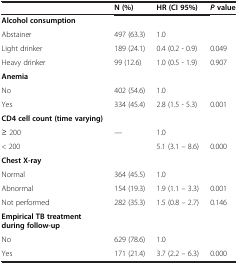
<table><thead><tr><td><b> </b></td><td><b>N (%)</b></td><td><b>HR (CI 95%)</b></td><td><b><i>P</i>value</b></td></tr></thead><tbody><tr><td><b>Alcohol consumption</b></td><td> </td><td> </td><td> </td></tr><tr><td>Abstainer</td><td>497 (63.3)</td><td>1.0</td><td> </td></tr><tr><td>Light drinker</td><td>189 (24.1)</td><td>0.4 (0.2 - 0.9)</td><td>0.049</td></tr><tr><td>Heavy drinker</td><td>99 (12.6)</td><td>1.0 (0.5 - 1.9)</td><td>0.907</td></tr><tr><td><b>Anemia</b></td><td> </td><td> </td><td> </td></tr><tr><td>No</td><td>402 (54.6)</td><td>1.0</td><td> </td></tr><tr><td>Yes</td><td>334 (45.4)</td><td>2.8 (1.5 - 5.3)</td><td>0.001</td></tr><tr><td><b>CD4 cell count (time varying)</b></td><td> </td><td> </td><td> </td></tr><tr><td>≥ 200</td><td>---</td><td>1.0</td><td> </td></tr><tr><td>&lt; 200</td><td> </td><td>5.1 (3.1 – 8.6)</td><td>0.000</td></tr><tr><td><b>Chest X-ray</b></td><td> </td><td> </td><td> </td></tr><tr><td>Normal</td><td>364 (45.5)</td><td>1.0</td><td> </td></tr><tr><td>Abnormal</td><td>154 (19.3)</td><td>1.9 (1.1 – 3.3)</td><td>0.001</td></tr><tr><td>Not performed</td><td>282 (35.3)</td><td>1.5 (0.8 – 2.7)</td><td>0.146</td></tr><tr><td><b>Empirical TB treatment during follow-up</b></td><td> </td><td> </td><td> </td></tr><tr><td>No</td><td>629 (78.6)</td><td>1.0</td><td> </td></tr><tr><td>Yes</td><td>171 (21.4)</td><td>3.7 (2.2 – 6.3)</td><td>0.000</td></tr></tbody></table>